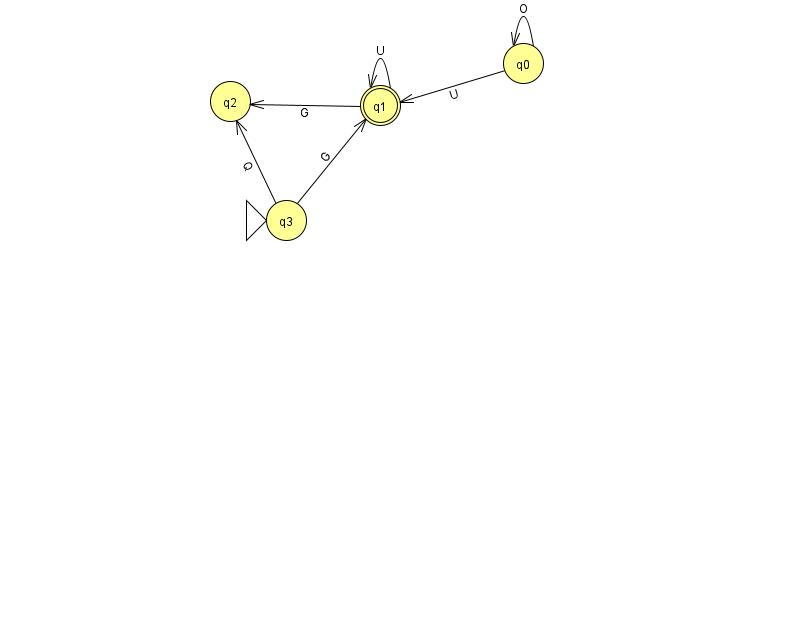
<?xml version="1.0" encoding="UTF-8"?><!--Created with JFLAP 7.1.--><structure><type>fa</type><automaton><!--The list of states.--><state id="0" name="q0"><x>523.0</x><y>50.0</y></state><state id="1" name="q1"><x>380.0</x><y>92.0</y><final/></state><state id="2" name="q2"><x>230.0</x><y>88.0</y></state><state id="3" name="q3"><x>286.0</x><y>207.0</y><initial/></state><!--The list of transitions.--><transition><from>3</from><to>2</to><read>Q</read></transition><transition><from>1</from><to>1</to><read>U</read></transition><transition><from>1</from><to>2</to><read>G</read></transition><transition><from>0</from><to>1</to><read>U</read></transition><transition><from>0</from><to>0</to><read>O</read></transition><transition><from>3</from><to>1</to><read>G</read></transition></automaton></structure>